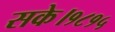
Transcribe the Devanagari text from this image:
सके।१८१५